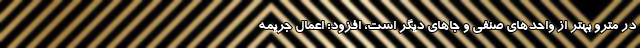
در مترو بهتر از واحد‌های صنفی و جا‌های دیگر است، افزود: اعمال جریمه